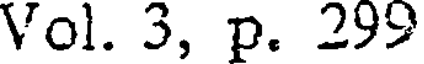
Vol. 3, p. 299